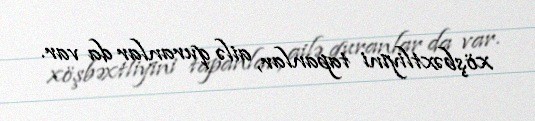
xöşbəxtliyini tapanlar, ailə quranlar da var.